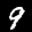
Label: 9